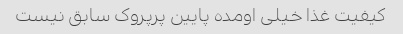
کیفیت غذا خیلی اومده پایین پرپروک سابق نیست